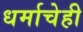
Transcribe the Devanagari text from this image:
धर्माचेही